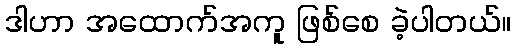
ဒါဟာ အထောက်အကူ ဖြစ်စေ ခဲ့ပါတယ်။